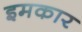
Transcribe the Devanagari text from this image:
इमकार